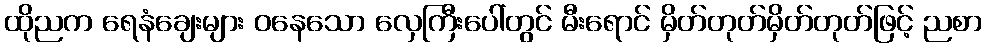
ထိုညက ရေနံချေးများ ဝနေသော လှေကြီးပေါ်တွင် မီးရောင် မှိတ်တုတ်မှိတ်တုတ်ဖြင့် ညစာ